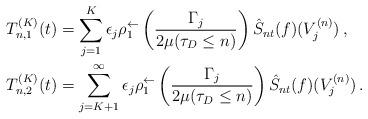
LaTeX: \begin{align*}T_{n,1}^{(K)}(t) &= \sum_{j=1}^{K} \epsilon_j \rho_1^{\leftarrow} \left( \frac{\Gamma_j}{2 \mu (\tau_D \leq n)}\right) \hat S_{nt} (f)(V_j^{(n)})\,, \\T_{n,2}^{(K)}(t) &= \sum_{j=K+1}^{\infty} \epsilon_j \rho_1^{\leftarrow} \left( \frac{\Gamma_j}{2 \mu (\tau_D \leq n)}\right) \hat S_{nt} (f)(V_j^{(n)})\,.\end{align*}